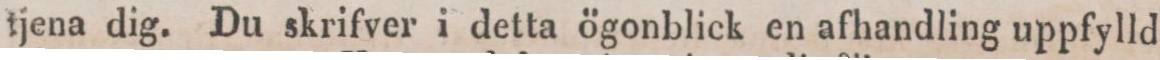
tjena dig. Du skrifver i detta ögonblick en afhandling uppfylld